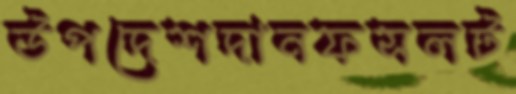
উপদেশদানফসলট